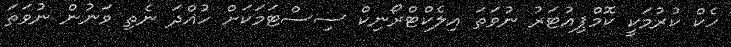
ހެކް ކުރުމަކީ ކޮމްޕިއުޓަރު ނުވަތަ އިލެކްޓްރޯނިކް ސިސްޓަމަކަށް ހުއްދަ ނެތި ވަނުން ނުވަތަ